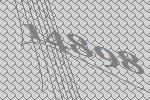
14898